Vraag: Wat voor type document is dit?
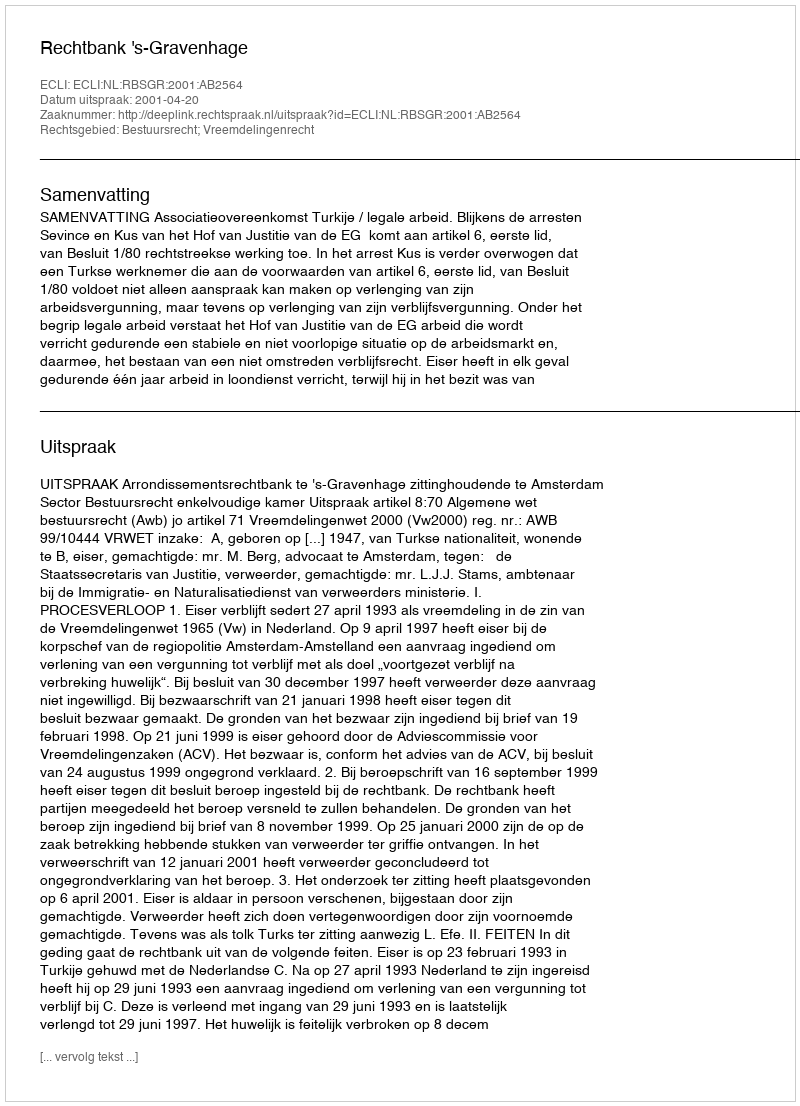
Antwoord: Uitspraak